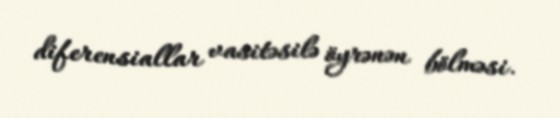
diferensiallar vasitəsilə öyrənən bölməsi.